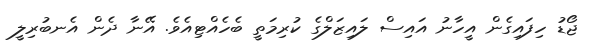
ޖޯޑު ހިފައިގެން އީހާނު އައިސް ލައިޒަލްގެ ކުރިމަތީ ބެހެއްޓިއެވެ. އޭނާ ދެން އެނބުރިލީ